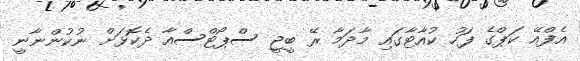
އެފްއޭ ކަޕްގެ ފަހު ކުއާޓާގައި މާދަމާ ރޭ ބީޖީ ސްޕޯޓްސްއާ ދެކޮޅަށް ނުކުންނާނީ